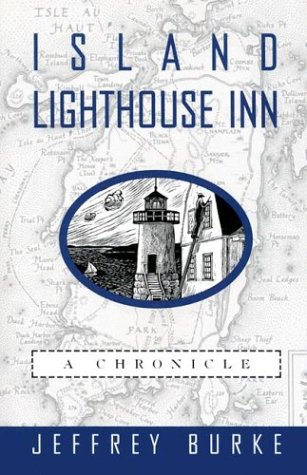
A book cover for Island Lighthouse Inn: A Chronicle; Jeffrey Burke; Travel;